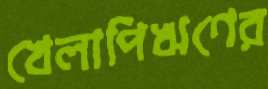
খেলাপিঋণের